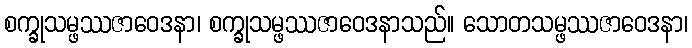
စက္ခုသမ္ဖဿဇာဝေဒနာ၊ စက္ခုသမ္ဖဿဇာဝေဒနာသည်။ သောတသမ္ဖဿဇာဝေဒနာ၊